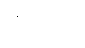
ရှိသည်။